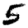
Digit: 5